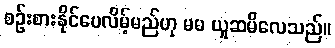
စဉ်းစားနိုင်ပေလိမ့်မည်ဟု မမ ယူဆမိလေသည်။